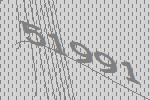
51991